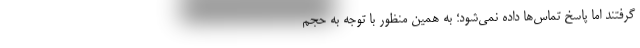
گرفتند اما پاسخِ تماس‌ها داده نمی‌شود؛ به همین منظور با توجه به حجم